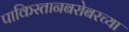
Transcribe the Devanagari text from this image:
पाकिस्तानबरोबरच्या